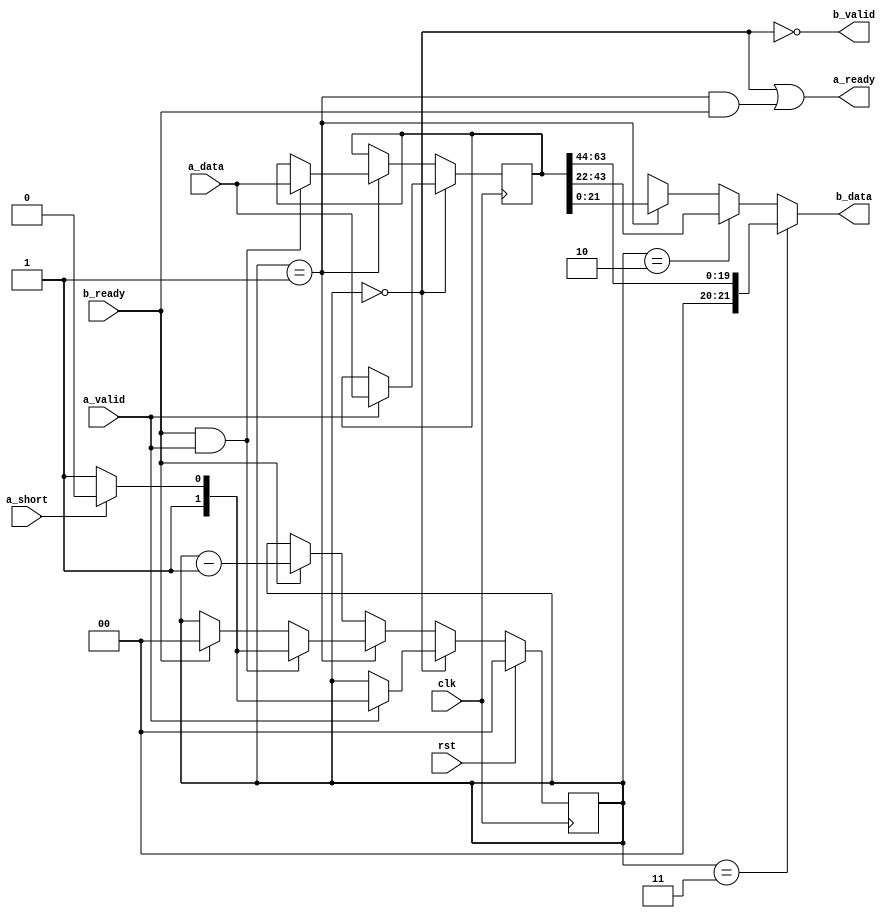
module fifo_1d_64to22(
    input  wire         clk,
    input  wire         rst,
    // Incoming port
    input  wire         a_short,
    input  wire [63:0]  a_data,
    input  wire         a_valid,
    output wire         a_ready,
    // Outgoing port
    output wire [21:0]  b_data,
    output wire         b_valid,
    input  wire         b_ready
);
    // Transfer higher order byte to lower order
    reg [63:0] fifo;
    reg [1:0] fifo_level;
    wire fifo_almost_empty = (fifo_level == 1);
    wire fifo_empty = (fifo_level == 0);
    wire [1:0] full_level = a_short ? 2 : 3;

    always @(posedge clk) begin
        if (fifo_empty) begin
            // Output invalid, if with valid input, fill input
            if (a_valid) begin
                fifo <= a_data;
                fifo_level <= full_level;
            end
        end
        else if (fifo_almost_empty) begin
            // Almost empty, output valid, input ready only if output is ready
            if (b_ready && a_valid) begin
                fifo <= a_data;
                fifo_level <= full_level;
            end
            else if (b_ready) begin
                fifo_level <= 0;
            end
        end
        else begin
            // Output valid, input not ready, if with valid output, shift
            if (b_ready) begin
                fifo_level <= fifo_level - 1;
            end
        end

        if (rst) begin
            fifo_level <= 0;
        end
    end

    // RX data if fifo is empty
    assign a_ready = fifo_empty || (fifo_almost_empty && b_ready);
    assign b_valid = !fifo_empty;
    assign b_data =
            (fifo_level == 3) ? {2'b0, fifo[63:44]} :
            (fifo_level == 2) ? fifo[43:22] :
            (fifo_level == 1) ? fifo[21:0] : 22'bx;

endmodule